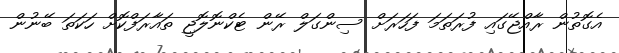
އެގޮތުން ރާއްޖޭގައި ފުރަތަމަ ފަހަރަށް ސިންގަލް ރޭން ޓެކްނޮލޮޖީ ތައާރަފްކޮށް ހަކަތަ ބޭނުން